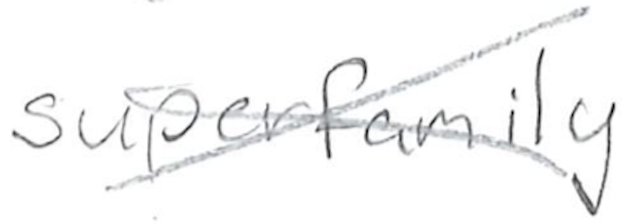
Text: superfamily
Cross-out: cross
Writing tool: pencil